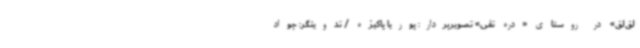
لق‌لق» در روستای «دره تفی» تصویربردار: پوریا پاکیزه / تدوینگر: جواد